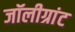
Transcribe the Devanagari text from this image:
जॉलीग्रांट